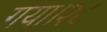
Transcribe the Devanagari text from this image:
गया।२८